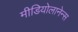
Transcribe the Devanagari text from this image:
मीडियोलानेन्स